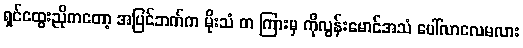
ရှင်ထွေးညိုကတော့ အပြင်ဘက်က မိုးသံ တ ကြားမှ ကိုလွန်းမောင်အသံ ပေါ်လာလေမလား